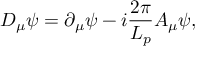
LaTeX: D _ { \mu } \psi = \partial _ { \mu } \psi - i \frac { 2 \pi } { L _ { p } } A _ { \mu } \psi ,